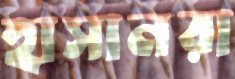
হাসানরা